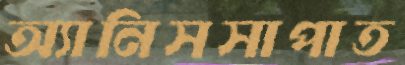
অ্যানিসসাপাত